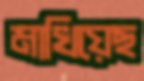
মাখিয়েছ